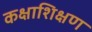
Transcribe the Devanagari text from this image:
कक्षाशिक्षण